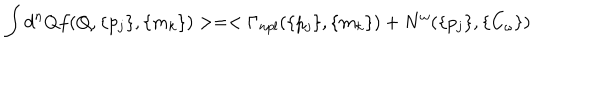
\int d ^ { n } Q f ( Q , \{ p _ { j } \} , \{ m _ { k } \} ) > = < \Gamma _ { n p l } ( \{ p _ { j } \} , \{ m _ { k } \} ) + N ^ { \omega } ( \{ p _ { j } \} , \{ C _ { \omega } \} )